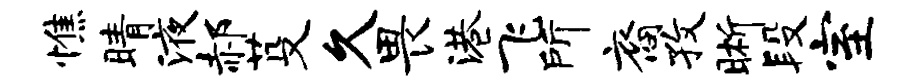
憔睛液郝芟久畏港飞所裔孜晰段室